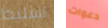
تسليط دعوات